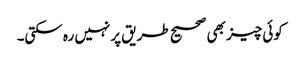
کوئی چیز بھی صحیح طریق پرنہیں رہ سکتی۔